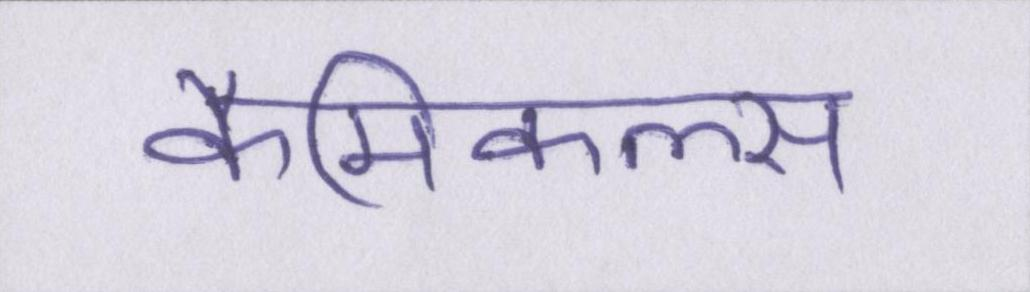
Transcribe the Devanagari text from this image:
कैमिकल्स